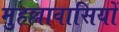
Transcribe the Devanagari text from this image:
मुहल्लावासियों